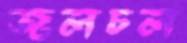
জলচল